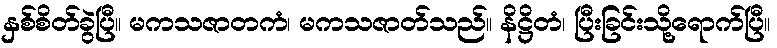
နှစ်စိတ်ခွဲပြီ။ မကသဇာတကံ၊ မကသဇာတ်သည်။ နိဋ္ဌိတံ၊ ပြီးခြင်းသို့ရောက်ပြီ။